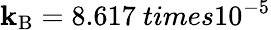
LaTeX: \mathbf{k}_{\mathrm{{B}}}=8.617\ times10^{-5}